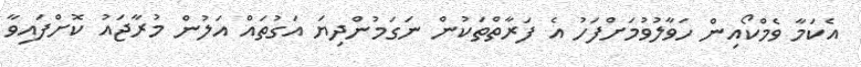
އެކަމާ ވެމްކޯއިން ހަވާލުވުމަށްފަހު އެ ފަރާތްތަކުން ނަގަމުންދިޔަ އަގުތައް އަލުން މުރާޖައު ކޮށްފައިވާ